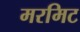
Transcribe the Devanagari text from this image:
मरमिट